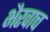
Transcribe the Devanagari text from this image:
भैरवाच